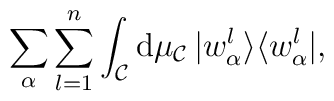
\sum_{\alpha}\sum_{l=1}^n\int_{\cal C} {\rm d}\mu_{\cal C}\, |w^l_{\alpha}\rangle  \langle w^l_{\alpha}|,